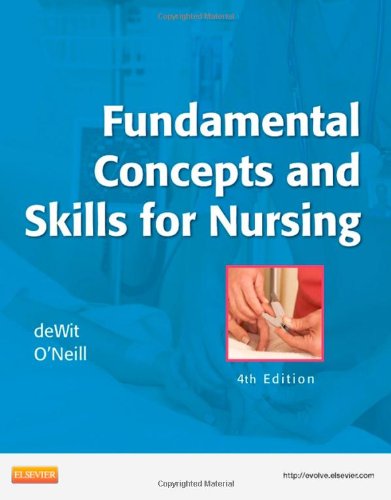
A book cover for Fundamental Concepts and Skills for Nursing, 4e; Susan C. DeWit; Medical Books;